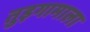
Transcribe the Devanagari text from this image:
तुइगामाला